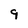
Character: 9